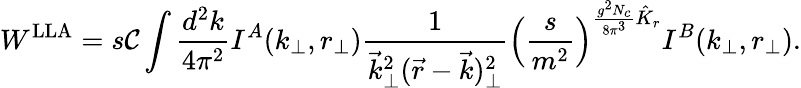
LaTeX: W^{\mathrm{LLA}}=s{\cal C}\int{\frac{d^{2}k}{4\pi^{2}}}I^{A}(k_{\perp},r_{\perp}){\frac{1}{\vec{k}_{\perp}^{2}(\vec{r}-\vec{k})_{\perp}^{2}}}\left({\frac{s}{m^{2}}}\right)^{{\frac{g^{2}N_{c}}{8\pi^{3}}}\hat{K}_{r}}I^{B}(k_{\perp},r_{\perp}).